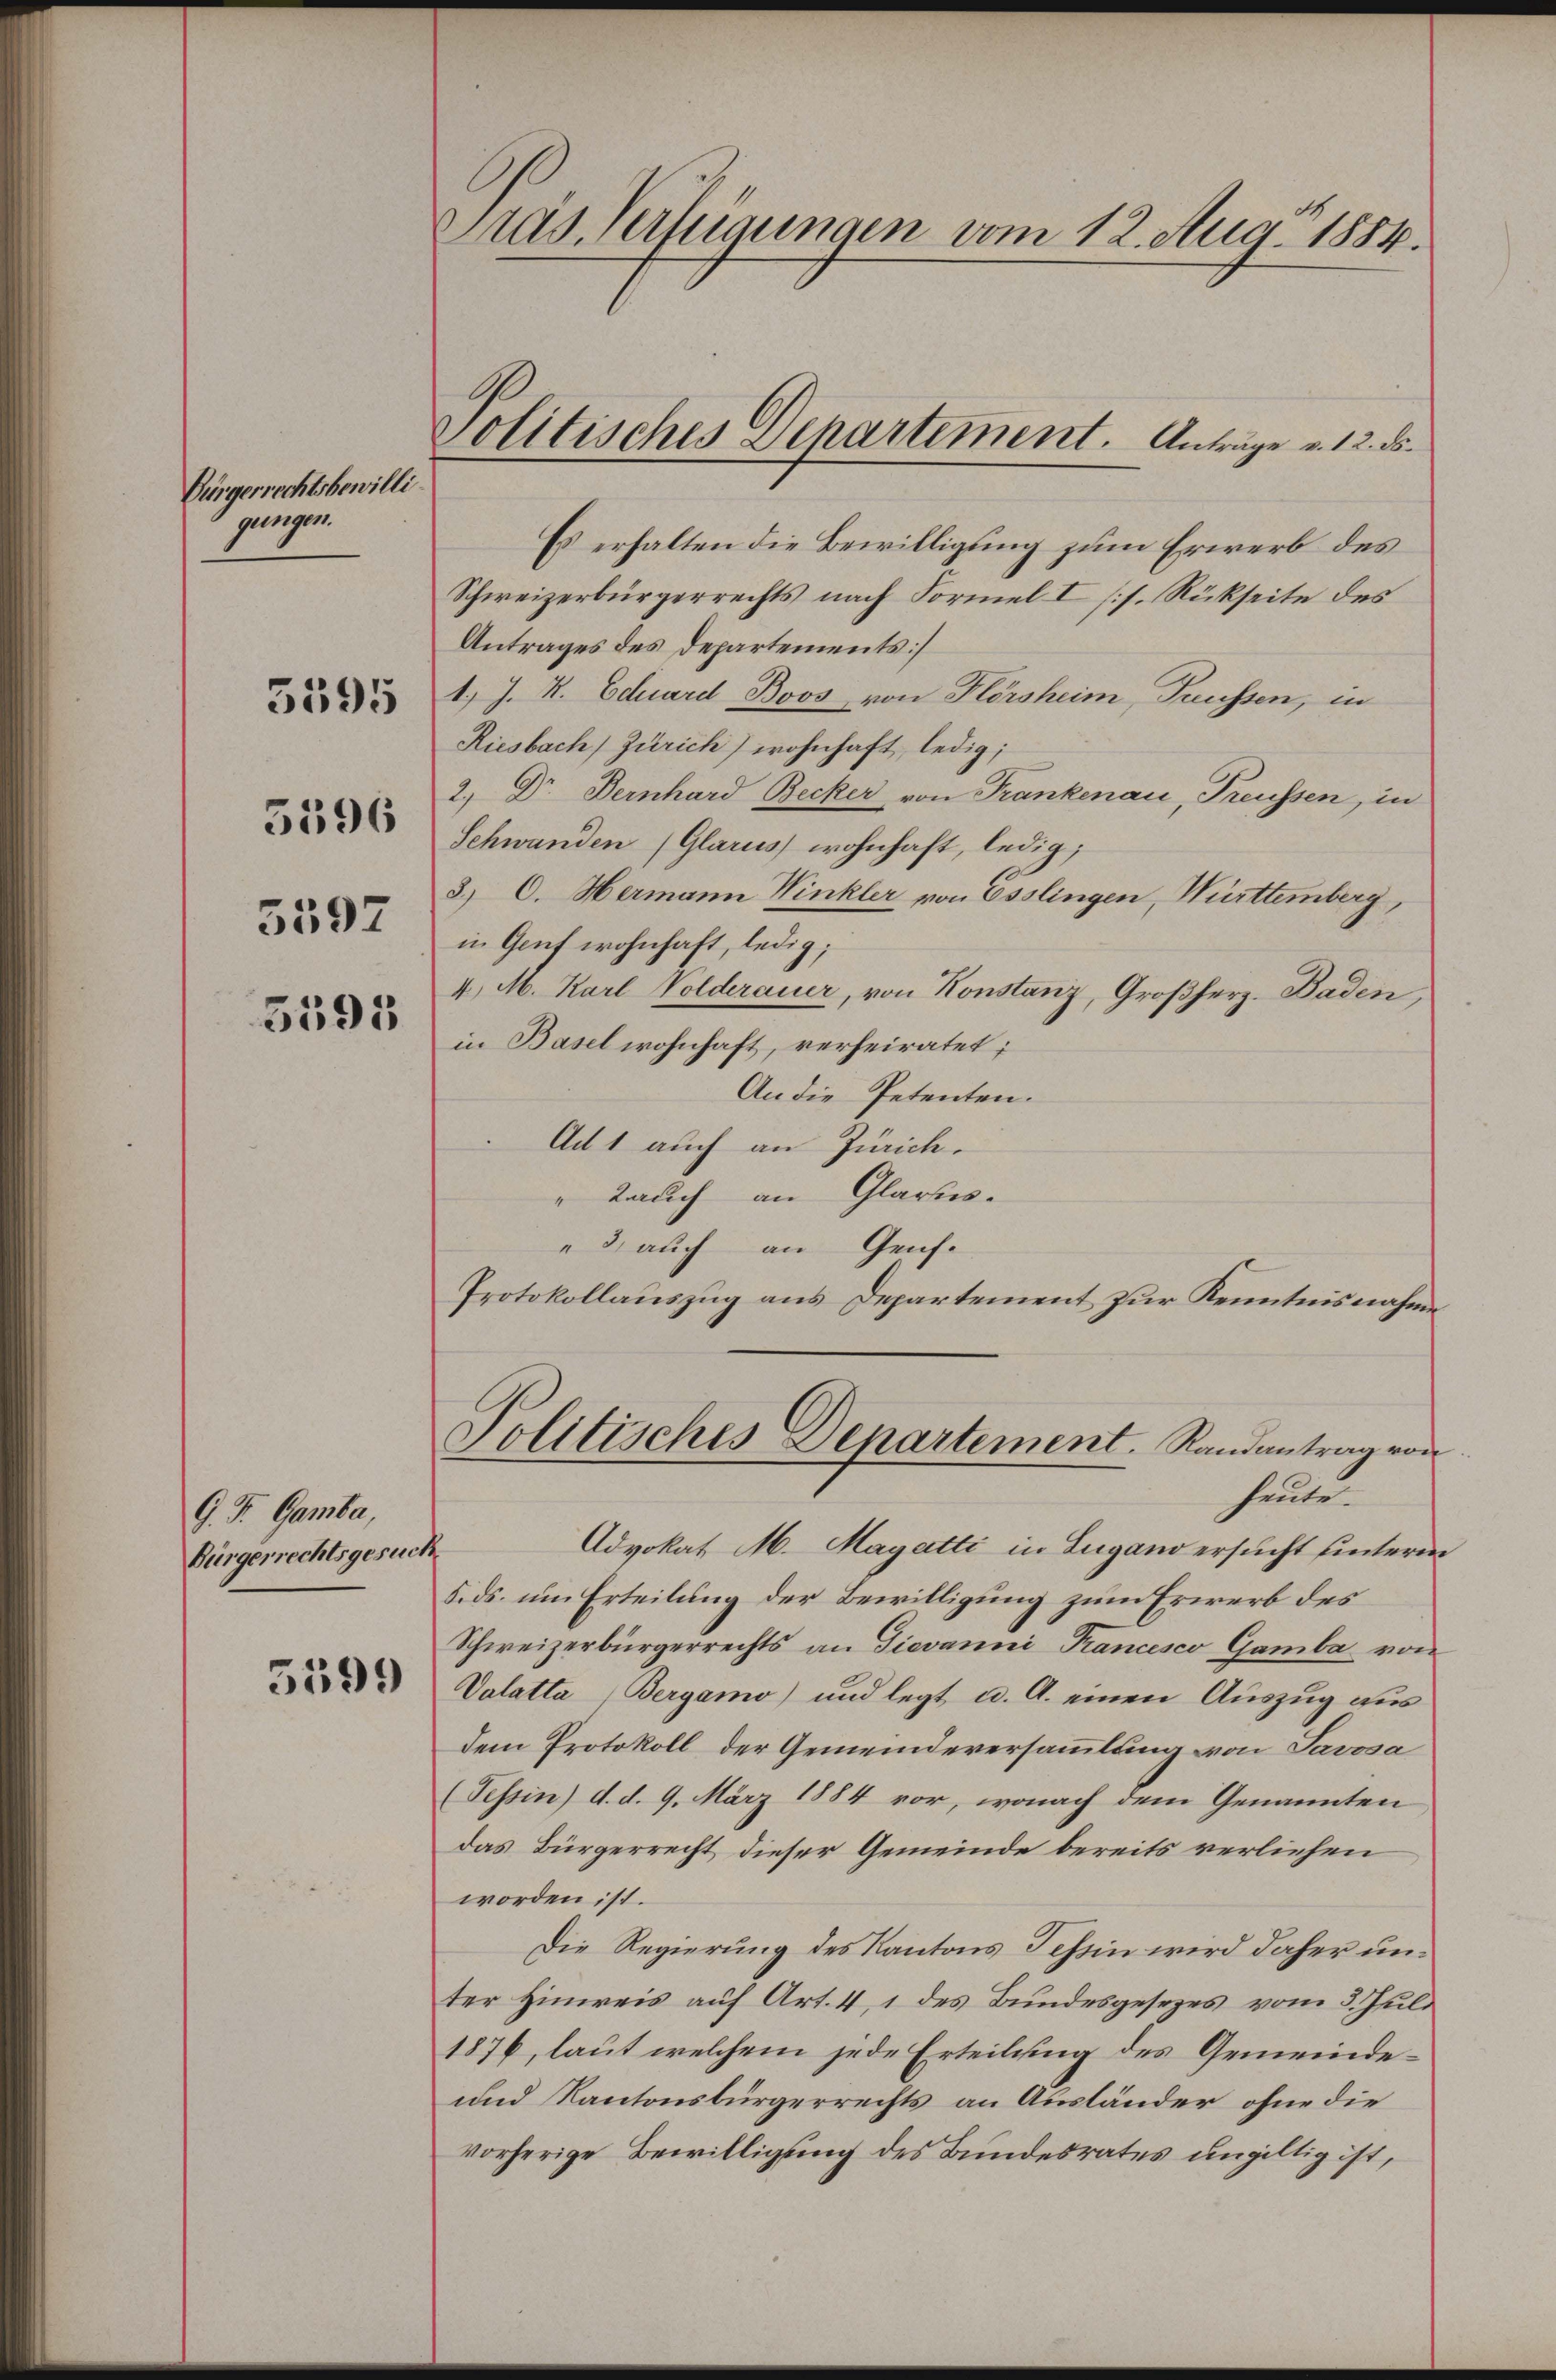
Bürgerrechtsbewilli
gungen.

5595

5592

5596

5595

G. T. Gamba,
Bürgerrechtsgesuch

5599

Pras. Verfügungen vom 12. Aug 1884.

politisches Departement. Anträge v. 12. ds.

Politisches Departement. Randantrag von
heute.

Es erhalten die Bewilligung zum Erwerb des
Schweizerbürgerrechts nach Formel I (s. Rückseite des
Antrages des Departements]
1.) J. K. Eduard Boos von Flörsheim, Trüssen, in
Riesbach Zürich) wohnhaft, ledig;
2) Dr Bernhard Becker von Frankenau, Freussen, in
Schwanden (Glarus wohnhaft, ledig;
2) C. Hermann Winkler von Esslingen, Württemberg,
in Genf wohnhaft, ledig;
4. M. Karl Volderauer, von Konstanz, Großherz- Baden,
in Basel wohnhaft, verheiratet;
An die Petenten.
Ad 1 auch an Zürich.
" Bauch an Glarus.
2 auch an Genf.
Protokollauszug aus Departement zur Kenntnisnahme

Advokat M. Magatti in Lugano ersucht unterm
F.ds. um Erteilung der Bewilligung zum Erwerb des
Schweizerbürgerrechts an Dievanni Trancesco Gamba von
Valatta Bergamo) und legt u. A. einen Auszug aus
dem Protokoll der Gemeindeversammlung von Savosa
(Tessin) d. d. 9. März 1884 vor, wonach dem Genannten
das Bürgerrecht dieser Gemeinde bereits verliehen
worden ist.
Die Regierung des Kantons Tessin wird daher unter Hinweis auf Art. 4, 1 des Bundesgesezes vom 3. Juli
1876, laut welchem jede Erteilung des Gemeinde¬
und Kantonsbürgerrechts an Ausländer ohne die
vorherige Bewilligung des Bundesrates ungültig ist,